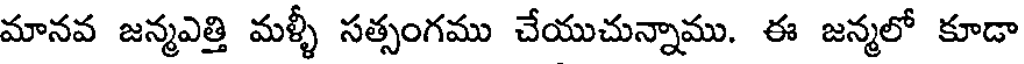
మానవ జన్మఎత్తి మళ్ళీ సత్సంగము చేయుచున్నాము. ఈ జన్మలో కూడా